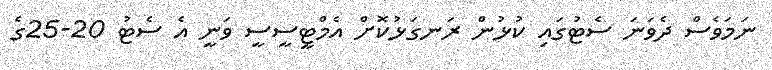
ނަމަވެސް ދެވަނަ ސެޓުގައި ކުޅުން ރަނގަޅުކޮށް އެމްޓީސީސީ ވަނީ އެ ސެޓު 20-25ގެ